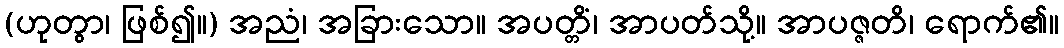
(ဟုတွာ၊ ဖြစ်၍။) အညံ၊ အခြားသော။ အပတ္တိံ၊ အာပတ်သို့။ အာပဇ္ဇတိ၊ ရောက်၏။